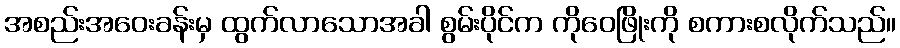
အစည်းအဝေးခန်းမှ ထွက်လာသောအခါ စွမ်းပိုင်က ကိုဝေဖြိုးကို စကားစလိုက်သည်။